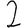
Digit: 2